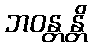
ဘဝန္တန္တိ